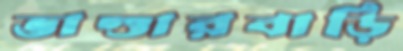
ভাণ্ডারবাড়ি